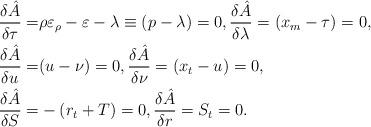
LaTeX: \begin{align*}\frac{\delta \hat{A}}{\delta\tau}=&\rho\varepsilon_\rho-\varepsilon-\lambda\equiv (p-\lambda)=0, \frac{\delta \hat{A}}{\delta\lambda}=(x_m-\tau)=0, \\\frac{\delta\hat{A}}{\delta u}=&(u-\nu)=0,\frac{\delta\hat{A}}{\delta\nu}=(x_t-u)=0, \\\frac{\delta\hat{A}}{\delta S}=&-\left(r_t+T\right)=0,\frac{\delta\hat{A}}{\delta r}=S_t=0. \end{align*}